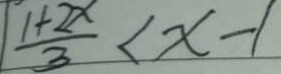
\frac { 1 + 2 x } { 3 } < x - 1